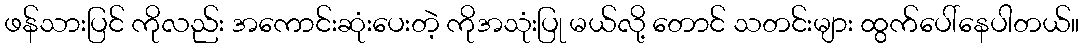
ဖန်သားပြင် ကိုလည်း အကောင်းဆုံးပေးတဲ့ ကိုအသုံးပြု မယ်လို့ တောင် သတင်းများ ထွက်ပေါ်နေပါတယ်။